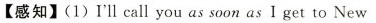
【感知】(1) I'll call you as soon as I get to New